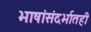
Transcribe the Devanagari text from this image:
भाषांसंदर्भातही